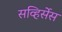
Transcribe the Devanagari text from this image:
सव्हिर्सेस